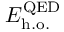
E _ { \mathrm { h . o . } } ^ { \mathrm { Q E D } }